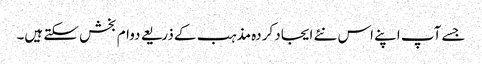
جسے آپ اپنے اس نئے ایجاد کردہ مذہب کے ذریعے دوام بخش سکتے ہیں۔